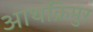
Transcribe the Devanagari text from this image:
आथक्रिमुर